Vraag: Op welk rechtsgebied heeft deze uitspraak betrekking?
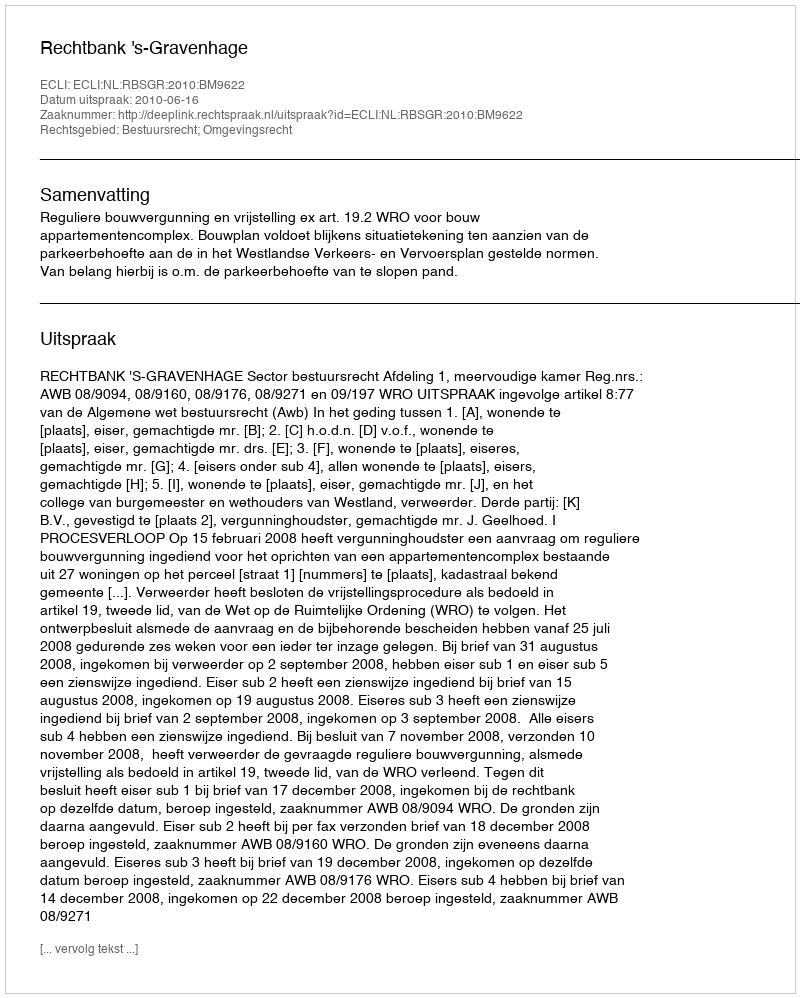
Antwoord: Bestuursrecht; Omgevingsrecht